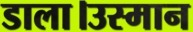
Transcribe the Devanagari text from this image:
डाला।उस्मान